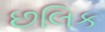
છલિક